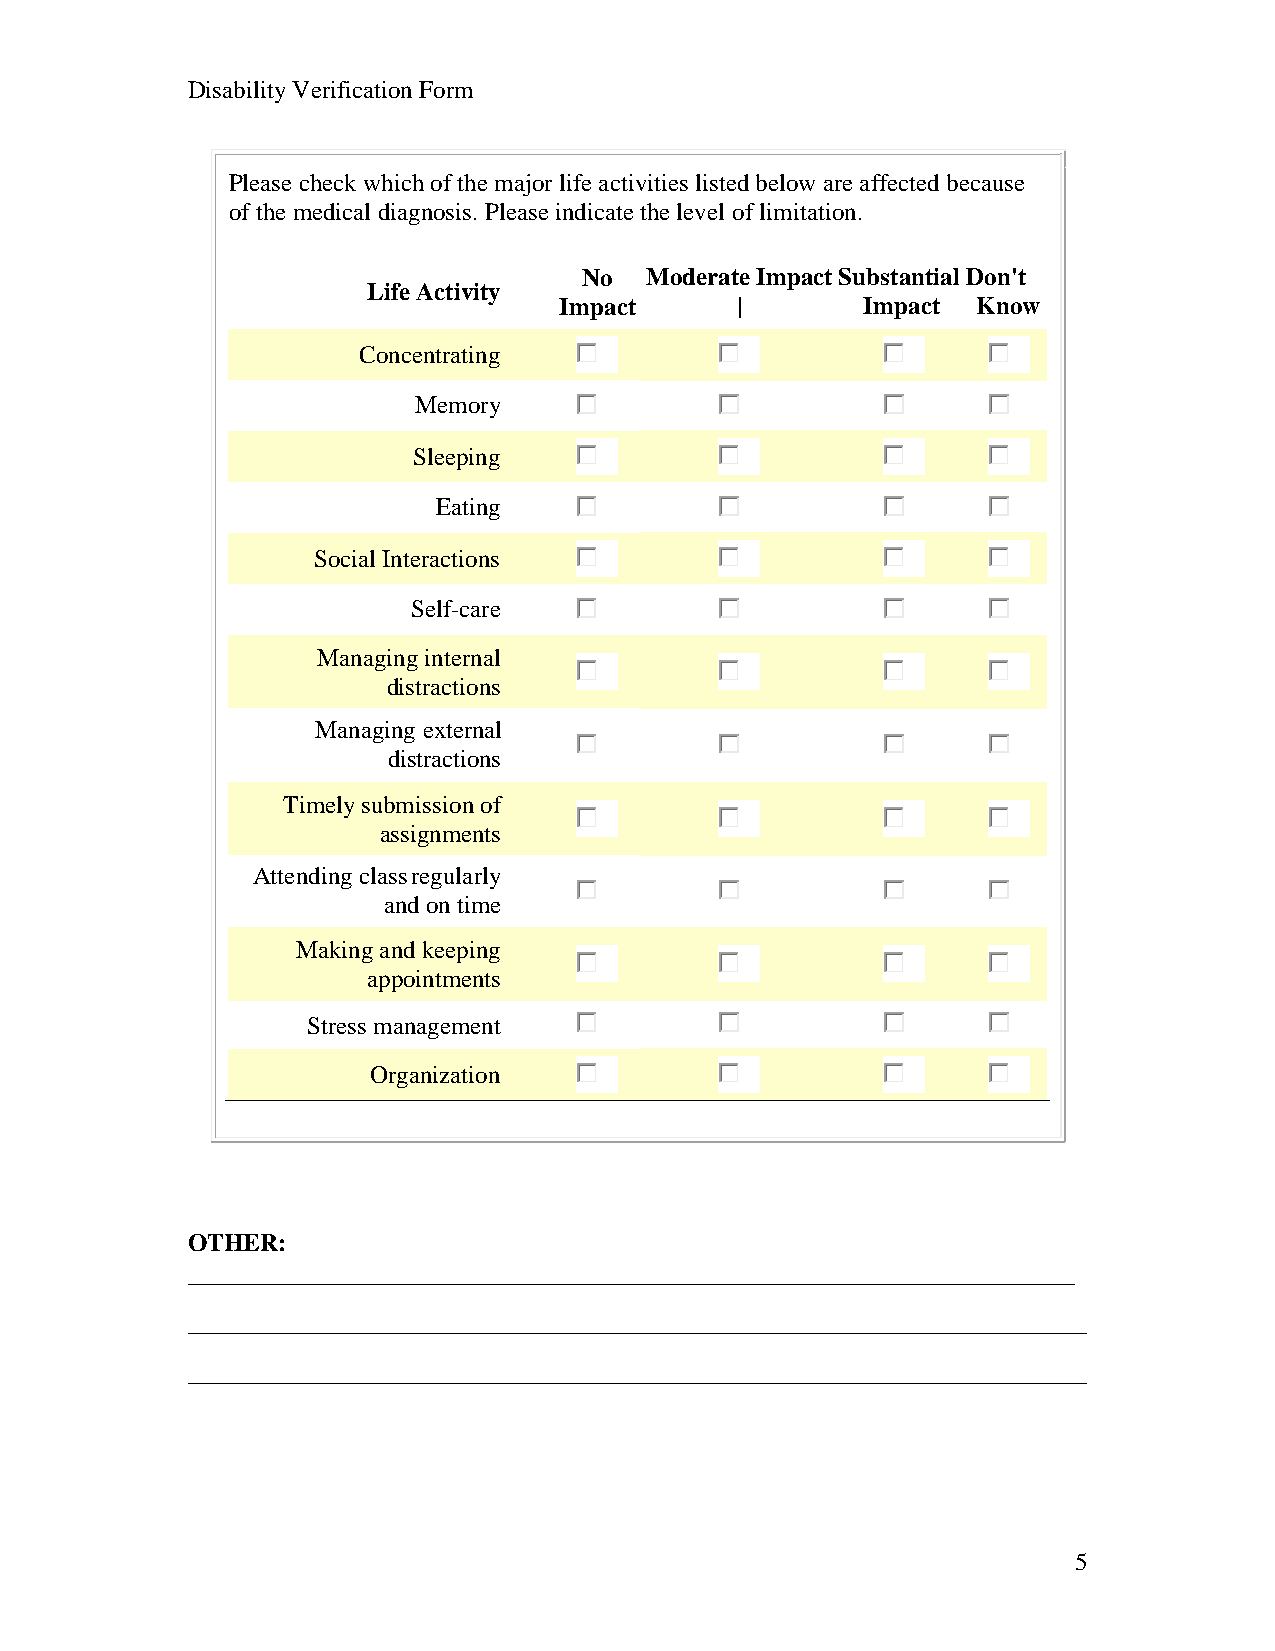
Disability Verification Form
 Please check which of the major life activities listed below are affected because
 of the medical diagnosis. Please indicate the level of limitation.
 No  Moderate Impact Substantial Don't
 Life Activity
 Impact      |       Impact  Know
 Concentrating
 Memory
 Sleeping
 Eating
 Social Interactions
 Self-care
 Managing internal
 distractions
 Managing external
 distractions
 Timely submission of
 assignments
 Attending class regularly
 and on time
 Making and keeping
 appointments
 Stress management
 Organization
 OTHER:
 5